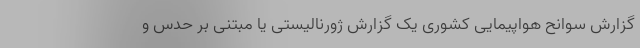
گزارش سوانح هواپیمایی کشوری یک گزارش ژورنالیستی یا مبتنی بر حدس و